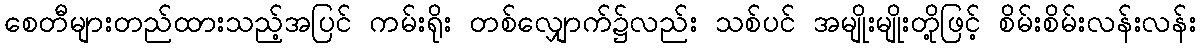
စေတီများတည်ထားသည့်အပြင် ကမ်းရိုး တစ်လျှောက်၌လည်း သစ်ပင် အမျိုးမျိုးတို့ဖြင့် စိမ်းစိမ်းလန်းလန်း